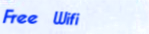
Free Wifi